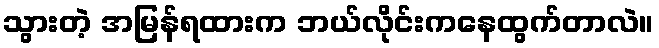
သွားတဲ့ အမြန်ရထားက ဘယ်လိုင်းကနေထွက်တာလဲ။